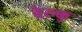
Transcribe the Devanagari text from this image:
वेरुक्कु